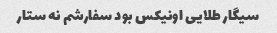
سیگار طلایی اونیکس بود سفارشم نه ستار